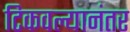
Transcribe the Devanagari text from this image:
टिकवल्यानंतर